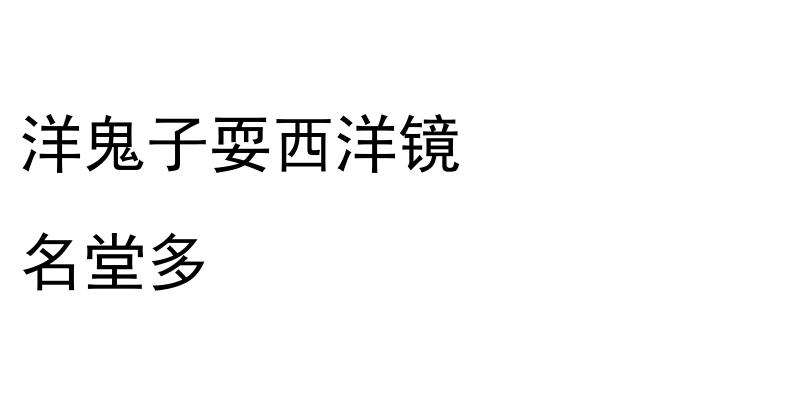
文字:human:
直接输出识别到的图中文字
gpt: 洋鬼子耍西洋镜 名堂多